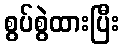
စွပ်စွဲထားပြီး